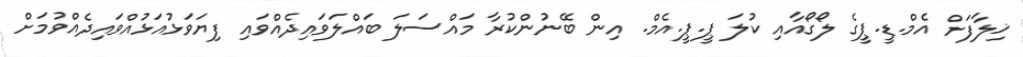
ޚިލާފަށް އެމް.ޑީ.ޕީގެ ލޯގޯއާއި ކުލަ ޕީ.ޕީ.އެމް. އިން ބޭނުންކުރާ މައްސަލަ ބައްލަވައިދެއްވައި ފިޔަވަޅުއަޅުއްވައިދެއްވުމަށް